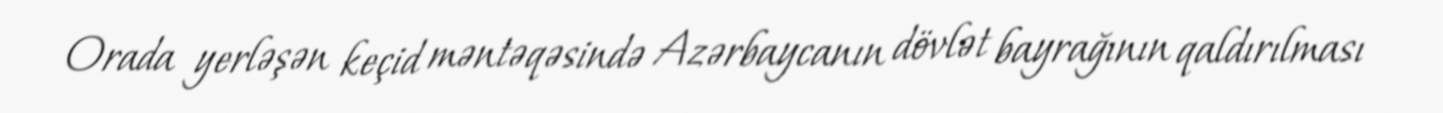
Orada yerləşən keçid məntəqəsində Azərbaycanın dövlət bayrağının qaldırılması